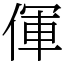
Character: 㑮